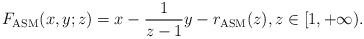
LaTeX: \begin{align*}F_{\rm ASM}(x,y;z) = x-\frac{1}{z-1}y-r_{\rm ASM}(z), z\in[1,+\infty).\end{align*}